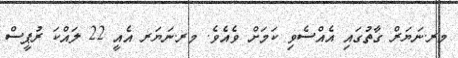
މރ.ނަޔަރް ގާތުގައި އެއްސެވި ކަމަށް ވެއެވެ. މރ.ނަޔަރ އެއީ 22 ލައްކަ ރުޕީސް